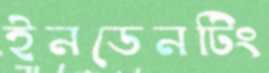
ইনডেনটিং